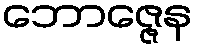
ဘောဇ္ဇေန